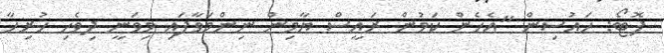
ފޮޓޯ: ހައުސިން "އެހެން ކަމުން ރައީސް ޔާމިން ނިންމަވާފައި މިވަނީ ދިވެހި ހުރިހާ